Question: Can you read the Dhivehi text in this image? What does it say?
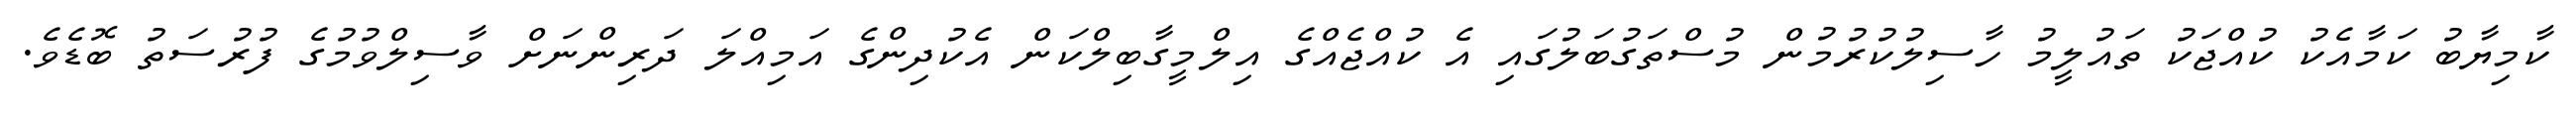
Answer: ކާމިޔާބު ކަމާއެކު ކުއްޖަކު ތައުލީމު ހާސިލުކުރުމުން މުސްތަގުބަލުގައި އެ ކުއްޖެއްގެ އިލްމީގާބިލްކަން އެކުދިންގެ އަމިއްލަ ދަރިންނަށް ވާސިލްވުމުގެ ފުރުސަތު ބޮޑެވެ.